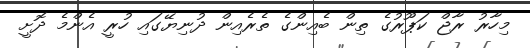
މިހާރު ރާޖް ކަޕޫރުގެ ތިން ބެއިންގެ ތެރެއިން ދުނިޔޭގައި ހުރީ އެންމެ ދޮށީ